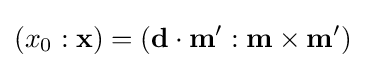
(x_{0}:\mathbf {x} )=(\mathbf {d} \cdot \mathbf {m} ':\mathbf {m} \times \mathbf {m} ')